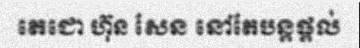
តេជោ ហ៊ុន សែន នៅតែបន្តផ្តល់